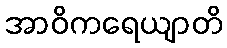
အာဝိကရေယျာတိ